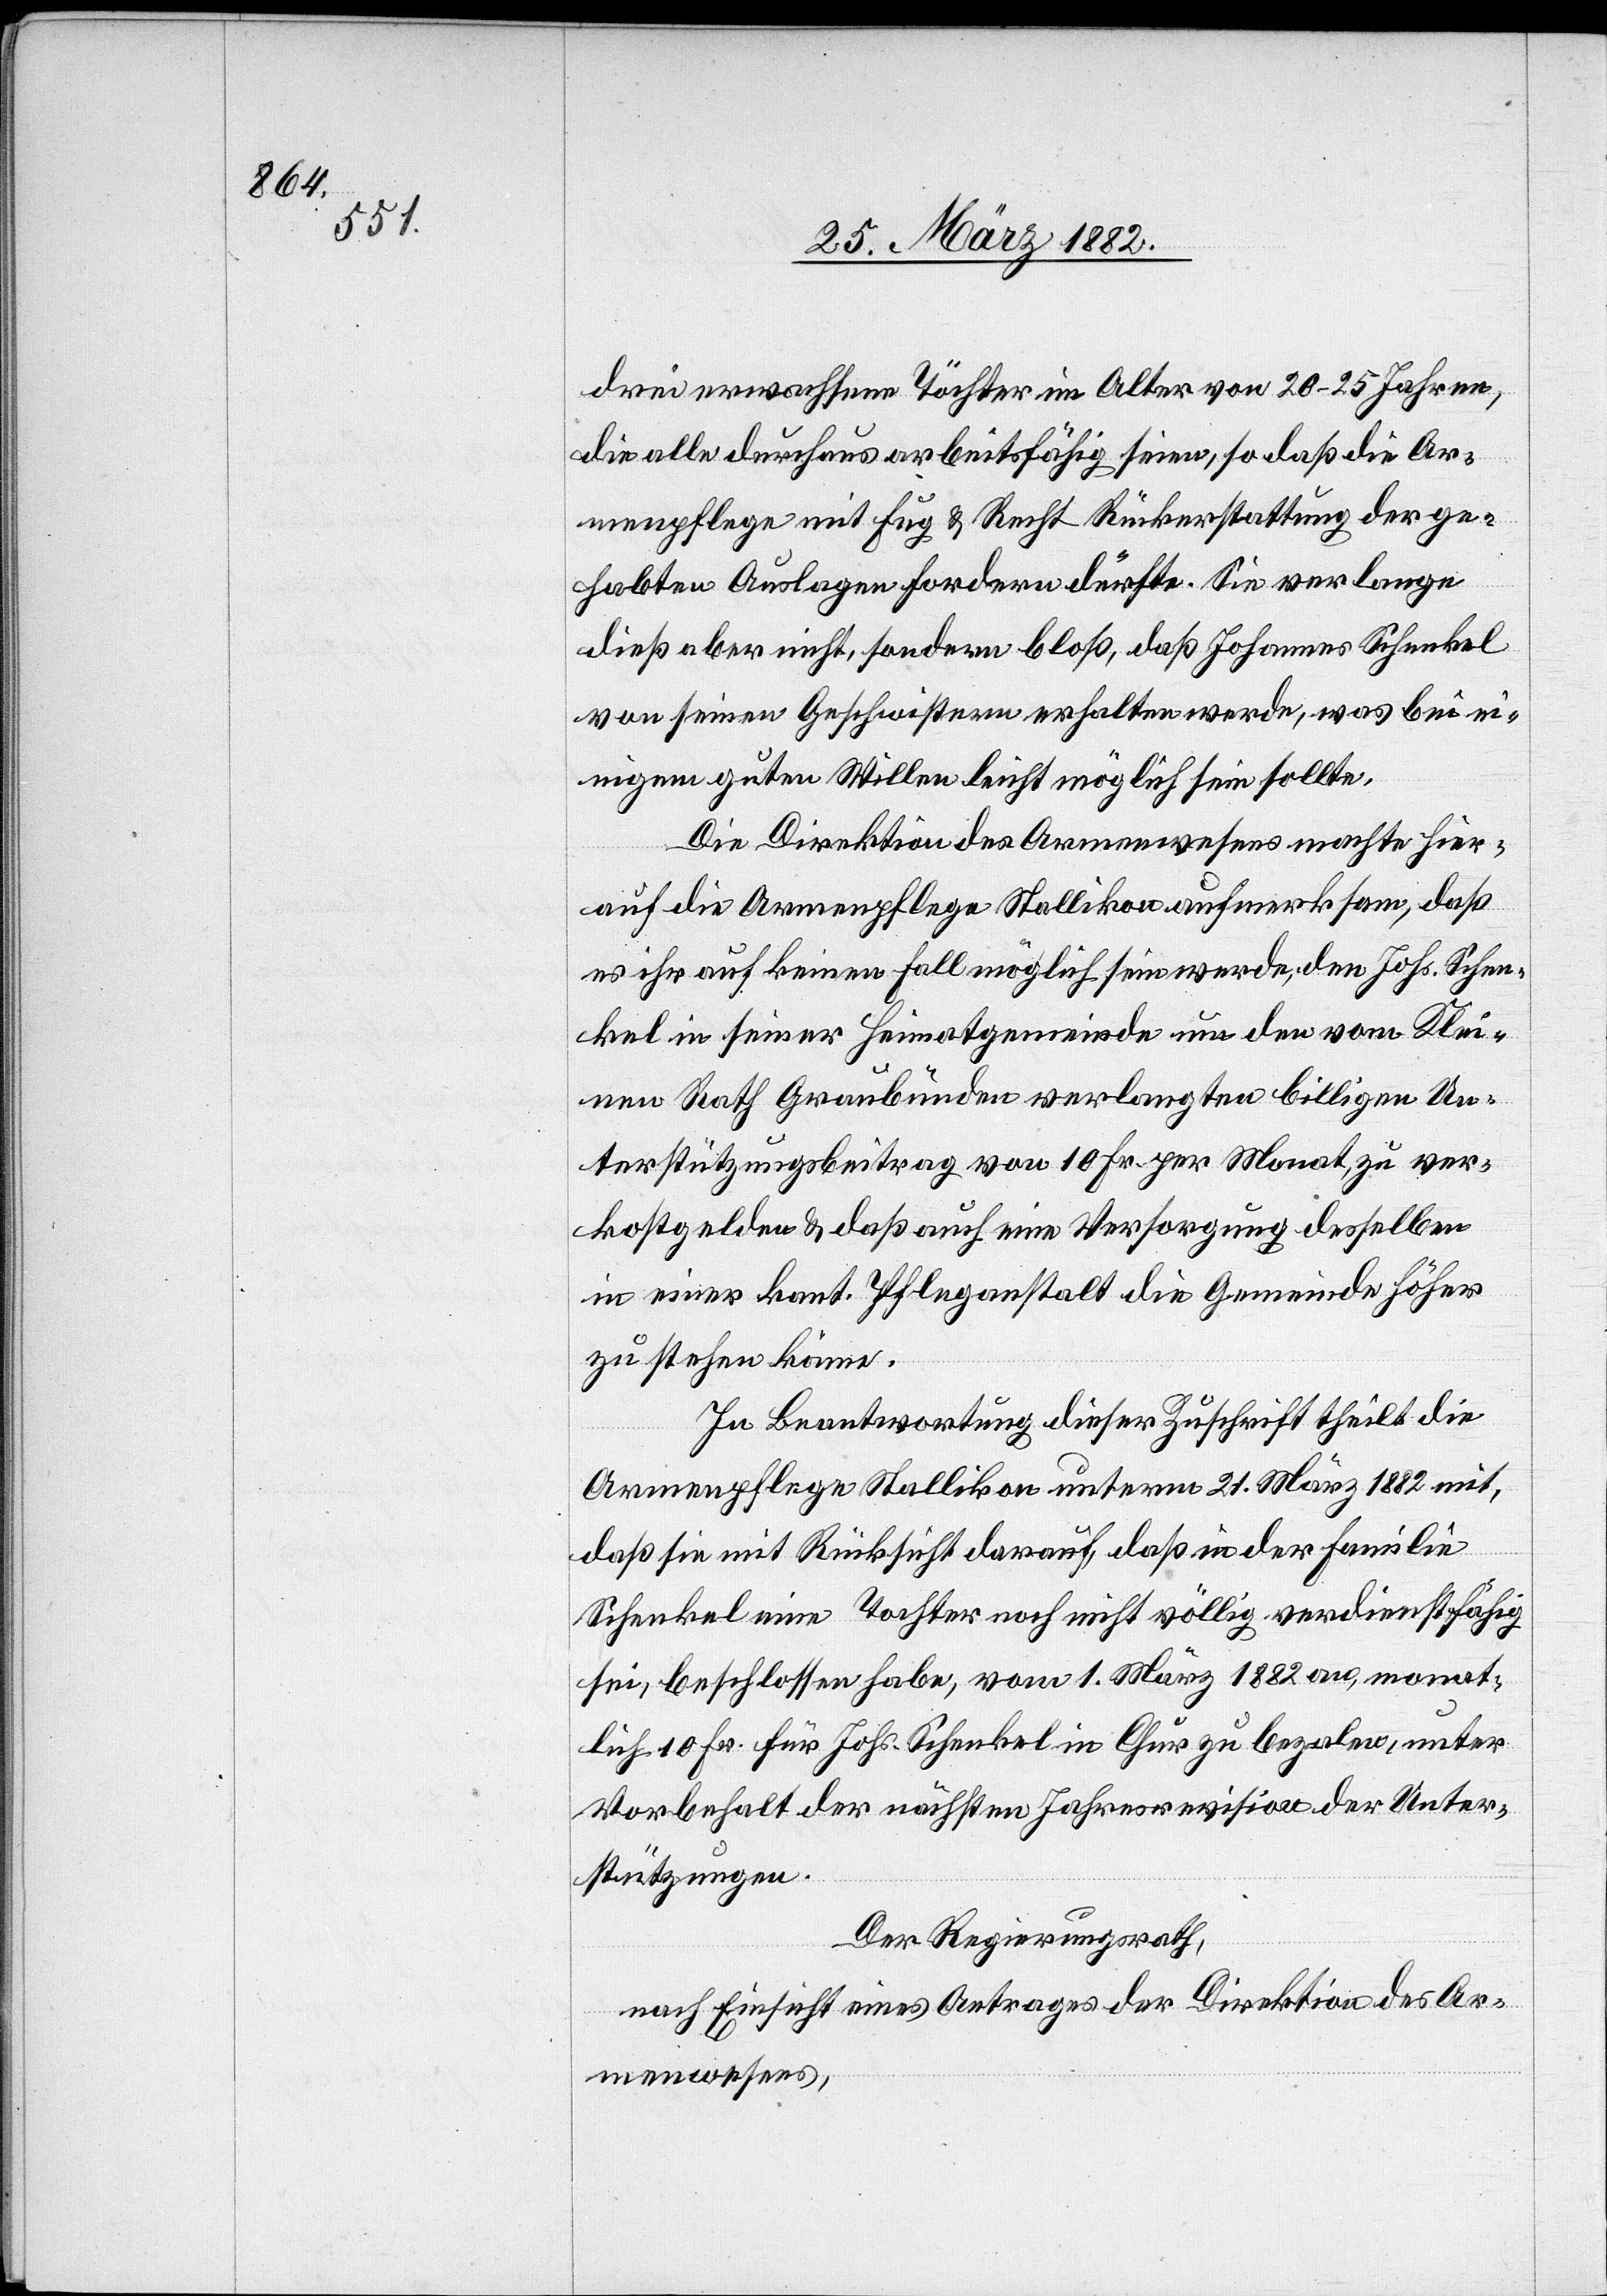
drei erwachsene Töchter im Alter von 20–25 Jahren,
die alle durchaus arbeitsunfähig seien, so daß die Ar¬
menpflege mit Fug & Recht Rückerstattung der ge¬
habten Auslagen fordern dürfte. Sie verlange
dieß aber nicht, sondern bloß, daß Johannes Schenkel
von seinen Geschwistern erhalten werden, was bei e¬
inigem guten Willen leicht möglich sein sollte.
Die Direktion des Armenswesens machte hier¬
auf die Armenpflege Stallikon aufmerksam, daß
es ihr auf keinen Fall möglich sein werde, den Johs. Schen¬
kel in seiner Heimatgemeinde um den vom Klei¬
nen Rath Graubünden verlangten billigen Un¬
terstützungsbeitrag von 10 Fr. per Monat zu ver¬
kostgelden & daß auch eine Versorgung desselben
in einer kant. Pflegeanstalt die Gemeinde höher
zu stehen käme.
In Beantwortung dieser Zuschrift theilt die
Armenpflege Stallikon unterm 21. März 1882 mit,
daß sie mit Rücksicht darauf, daß in der Familie
Schenkel eine Tochter noch nicht völlig verdienstfähig
sei, beschlossen habe, vom 1. März 1882 an, monat¬
lich 10 Fr. für Johs. Schenkel in Chur zu bezalen, unter
Vorbehalt der nächsten Jahresrevision der Unter¬
stützungen.
Der Regierungsrath,
nach Einsicht eines Antrages der Direktion des Ar¬
menwesens,